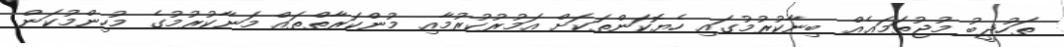
ތަހުޛީބު މުޖުތަމަޢެއް ބިނާކުރުމުގައި ހެޔޮކަންތަކަށް އަމުރުކުރުމާއި މުންކަރާތްތައް މަނާކުރުމުގެ މުހިންމުކަން